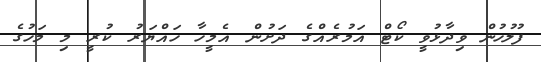
ފުލުހުން ވިދާޅުވީ ކޯޓް އަމުރެއްގެ ދަށުން އެމީހާ ހައްޔަރު ކުރީ މި މަހުގެ